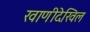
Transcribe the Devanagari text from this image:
खाणीदेखिल